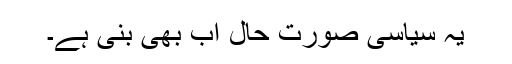
یہ سیاسی صورت حال اب بھی بنی ہے۔